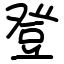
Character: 登